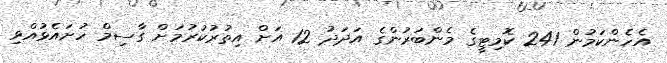
އެހެންކަމުން 241 ކޮމިޓީގެ މެންބަރުންގެ އަދަދު 12 އަށް އިތުރުކުރުމަށް ގާސިމް ހުށައެޅުއްވި